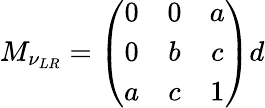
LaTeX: M_{\nu_{LR}}=\left(\begin{array}{ccc}{{0}}&{{0}}&{{a}}\\ {{0}}&{{b}}&{{c}}\\ {{a}}&{{c}}&{{1}}\end{array}\right)d